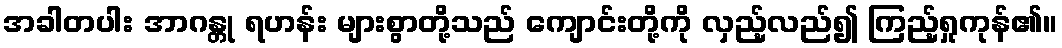
အခါတပါး အာဂန္တု ရဟန်း များစွာတို့သည် ကျောင်းတို့ကို လှည့်လည်၍ ကြည့်ရှုကုန်၏။